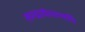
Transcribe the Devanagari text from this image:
सम्प्रत्येश्यन्मयि